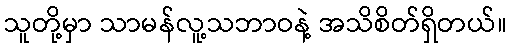
သူတို့မှာ သာမန်လူ့သဘာဝနဲ့ အသိစိတ်ရှိတယ်။